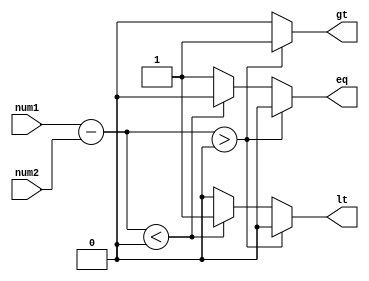
module Inequality_Comparator (
    input signed [7:0] num1,
    input signed [7:0] num2,
    output reg gt,  // greater than
    output reg lt,  // less than
    output reg eq   // equal to
);

reg [8:0] diff;

always @(num1, num2) begin
    diff = num1 - num2;
    
    if (diff > 0) begin
        gt = 1;
        lt = 0;
        eq = 0;
    end else if (diff < 0) begin
        gt = 0;
        lt = 1;
        eq = 0;
    end else begin
        gt = 0;
        lt = 0;
        eq = 1;
    end
end

endmodule